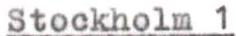
Stockholm 1